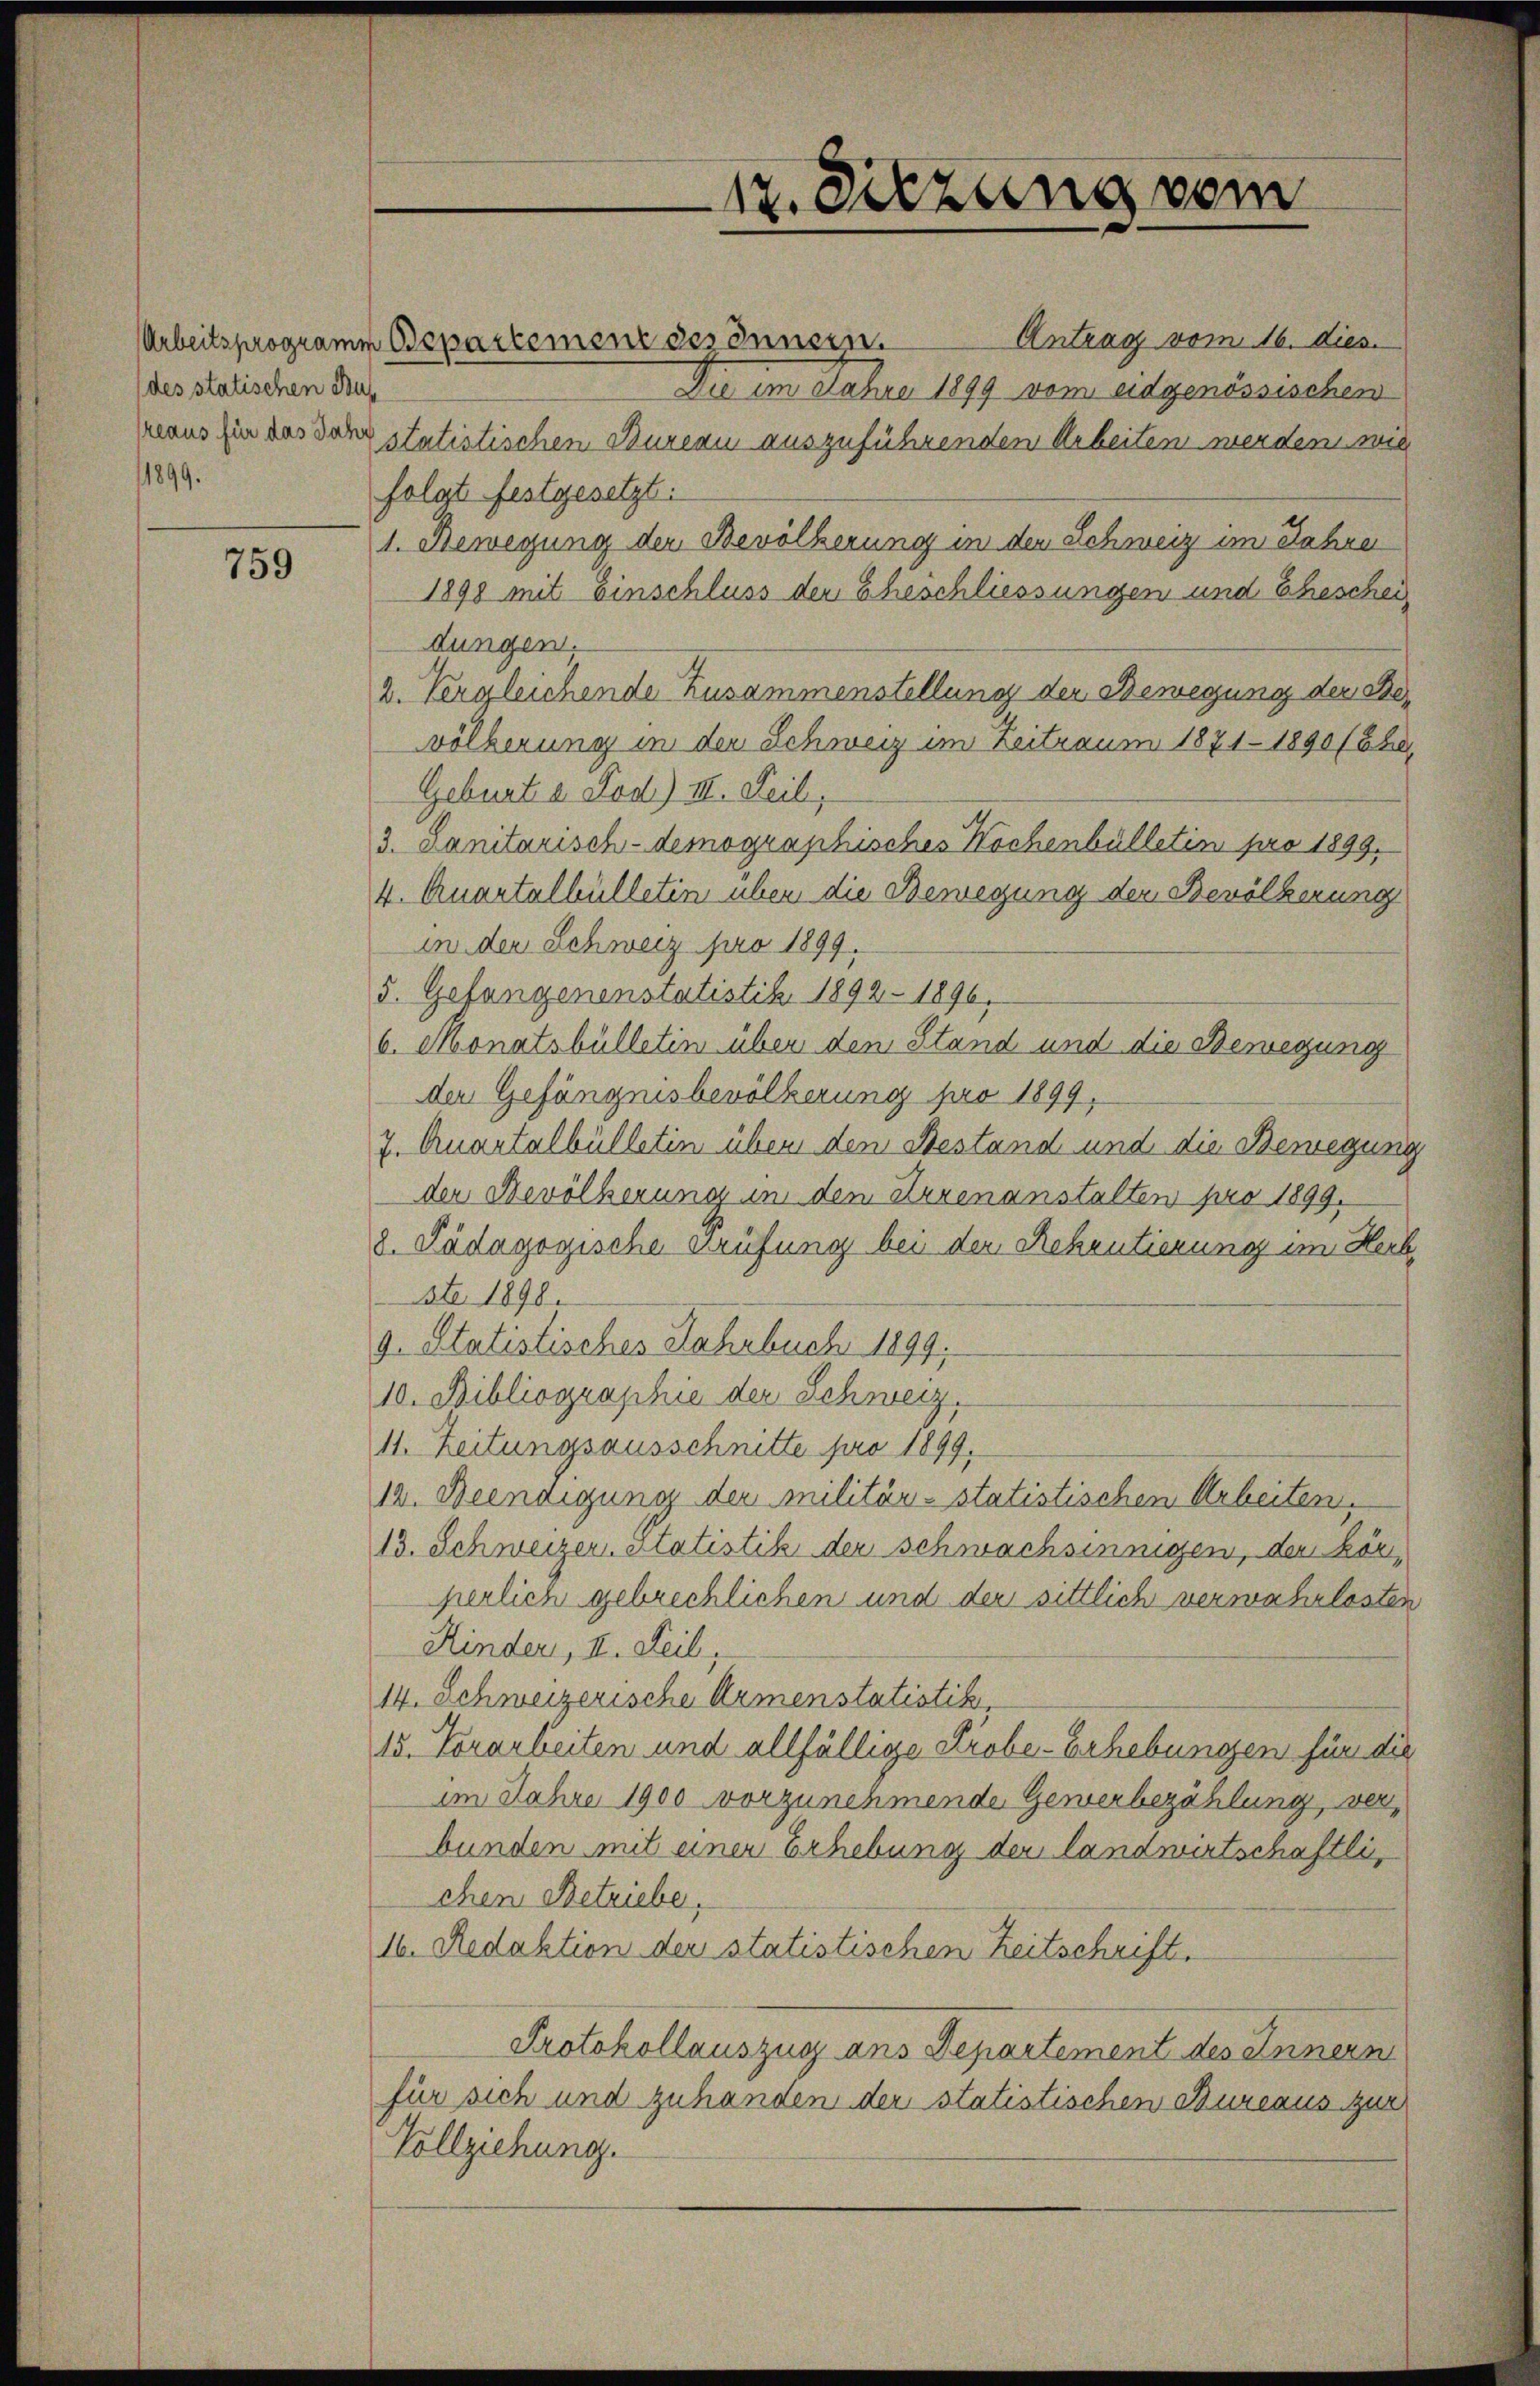
(des statischen Aus
11899.

759

Antrag vom 16. dies
Die im Jahre 1899 vom eidgenössischen
mans hin das Sang statistischen Bureau auszuführenden Arbeiten werden, wie
folgt festgesetzt.
1. Bewegung der Bevölkerung in den Schweiz im Jahre
1898 mit Einschluss der Eheschliessungen und Ehescheidungen.
2. Vergleichende Zusammenstellung der Bewegung der Bevölkerung in der Schweiz im Zeitraum 1871 - 1890 (Ehe
Geburt a Fod.) III. Peil,
3. Janitarisch-demographisches Wochenbülletin pro 1899.
4. Quartalhülletin über die Bewegung der Bevölkerung
in den Schweiz pro 1899.
5. Gefangenenstatistik 1892 - 1896.
b. Monatsbülletin über den Stand und die Bewegung
der Gefängnisbevölkerung pro 1899.
7. Quantalbülletin über den Bestand und die Bewegung
der Bevölkerung in den Arrenanstalten pro 1899.
8. Pädagogische Prüfung bei der Rekrutierung im Herb
ste 1898.
9. Statistisches Jahrbuch 1899.
10. Bibliographie der Schweiz.
11. Zeitungsausschnitte pro 1899.
12. Beendigung der Militär-statistischen Arbeiten
13. Schweizern statistik der schwachsinnigen, der körperlich gebrechlichen und der sittlich verwahrlosten
Kinder, II. Seil,
14. Schweizerische Armenstatistik,
15. Vorarbeiten und allfällige Probe-Erhebungen für die
im Jahre 1900 vorzunehmende Gewerbezählung, verbunden mit einer Erhebung der landwirtschaftli
chen Betriebe,
16. Redaktion der statistischen Zeitschrift.
Protokollauszug ans Departement des Innern
für sich und zuhanden der statistischen Bureaus zur
Vollziehung.

Arbeitsprogramm Departement des Innern.

17. Sitzung vom